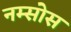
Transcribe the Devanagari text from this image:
नम्सोस